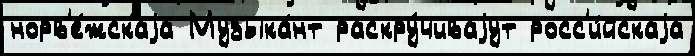
норв'е́жскаjа Музыка́нт раскру́чиваjут росс'и́йскаjа